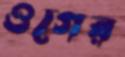
ওগের